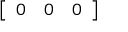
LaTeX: \left[ \begin{array} { c c c } { { 0 } } & { { 0 } } & { { 0 } } \end{array} \right]